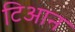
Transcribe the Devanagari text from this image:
टिआन